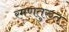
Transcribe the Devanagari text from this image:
रमणतुरुत